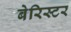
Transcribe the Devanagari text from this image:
बेरिस्टर